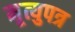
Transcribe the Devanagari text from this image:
मृ्त्युपत्र